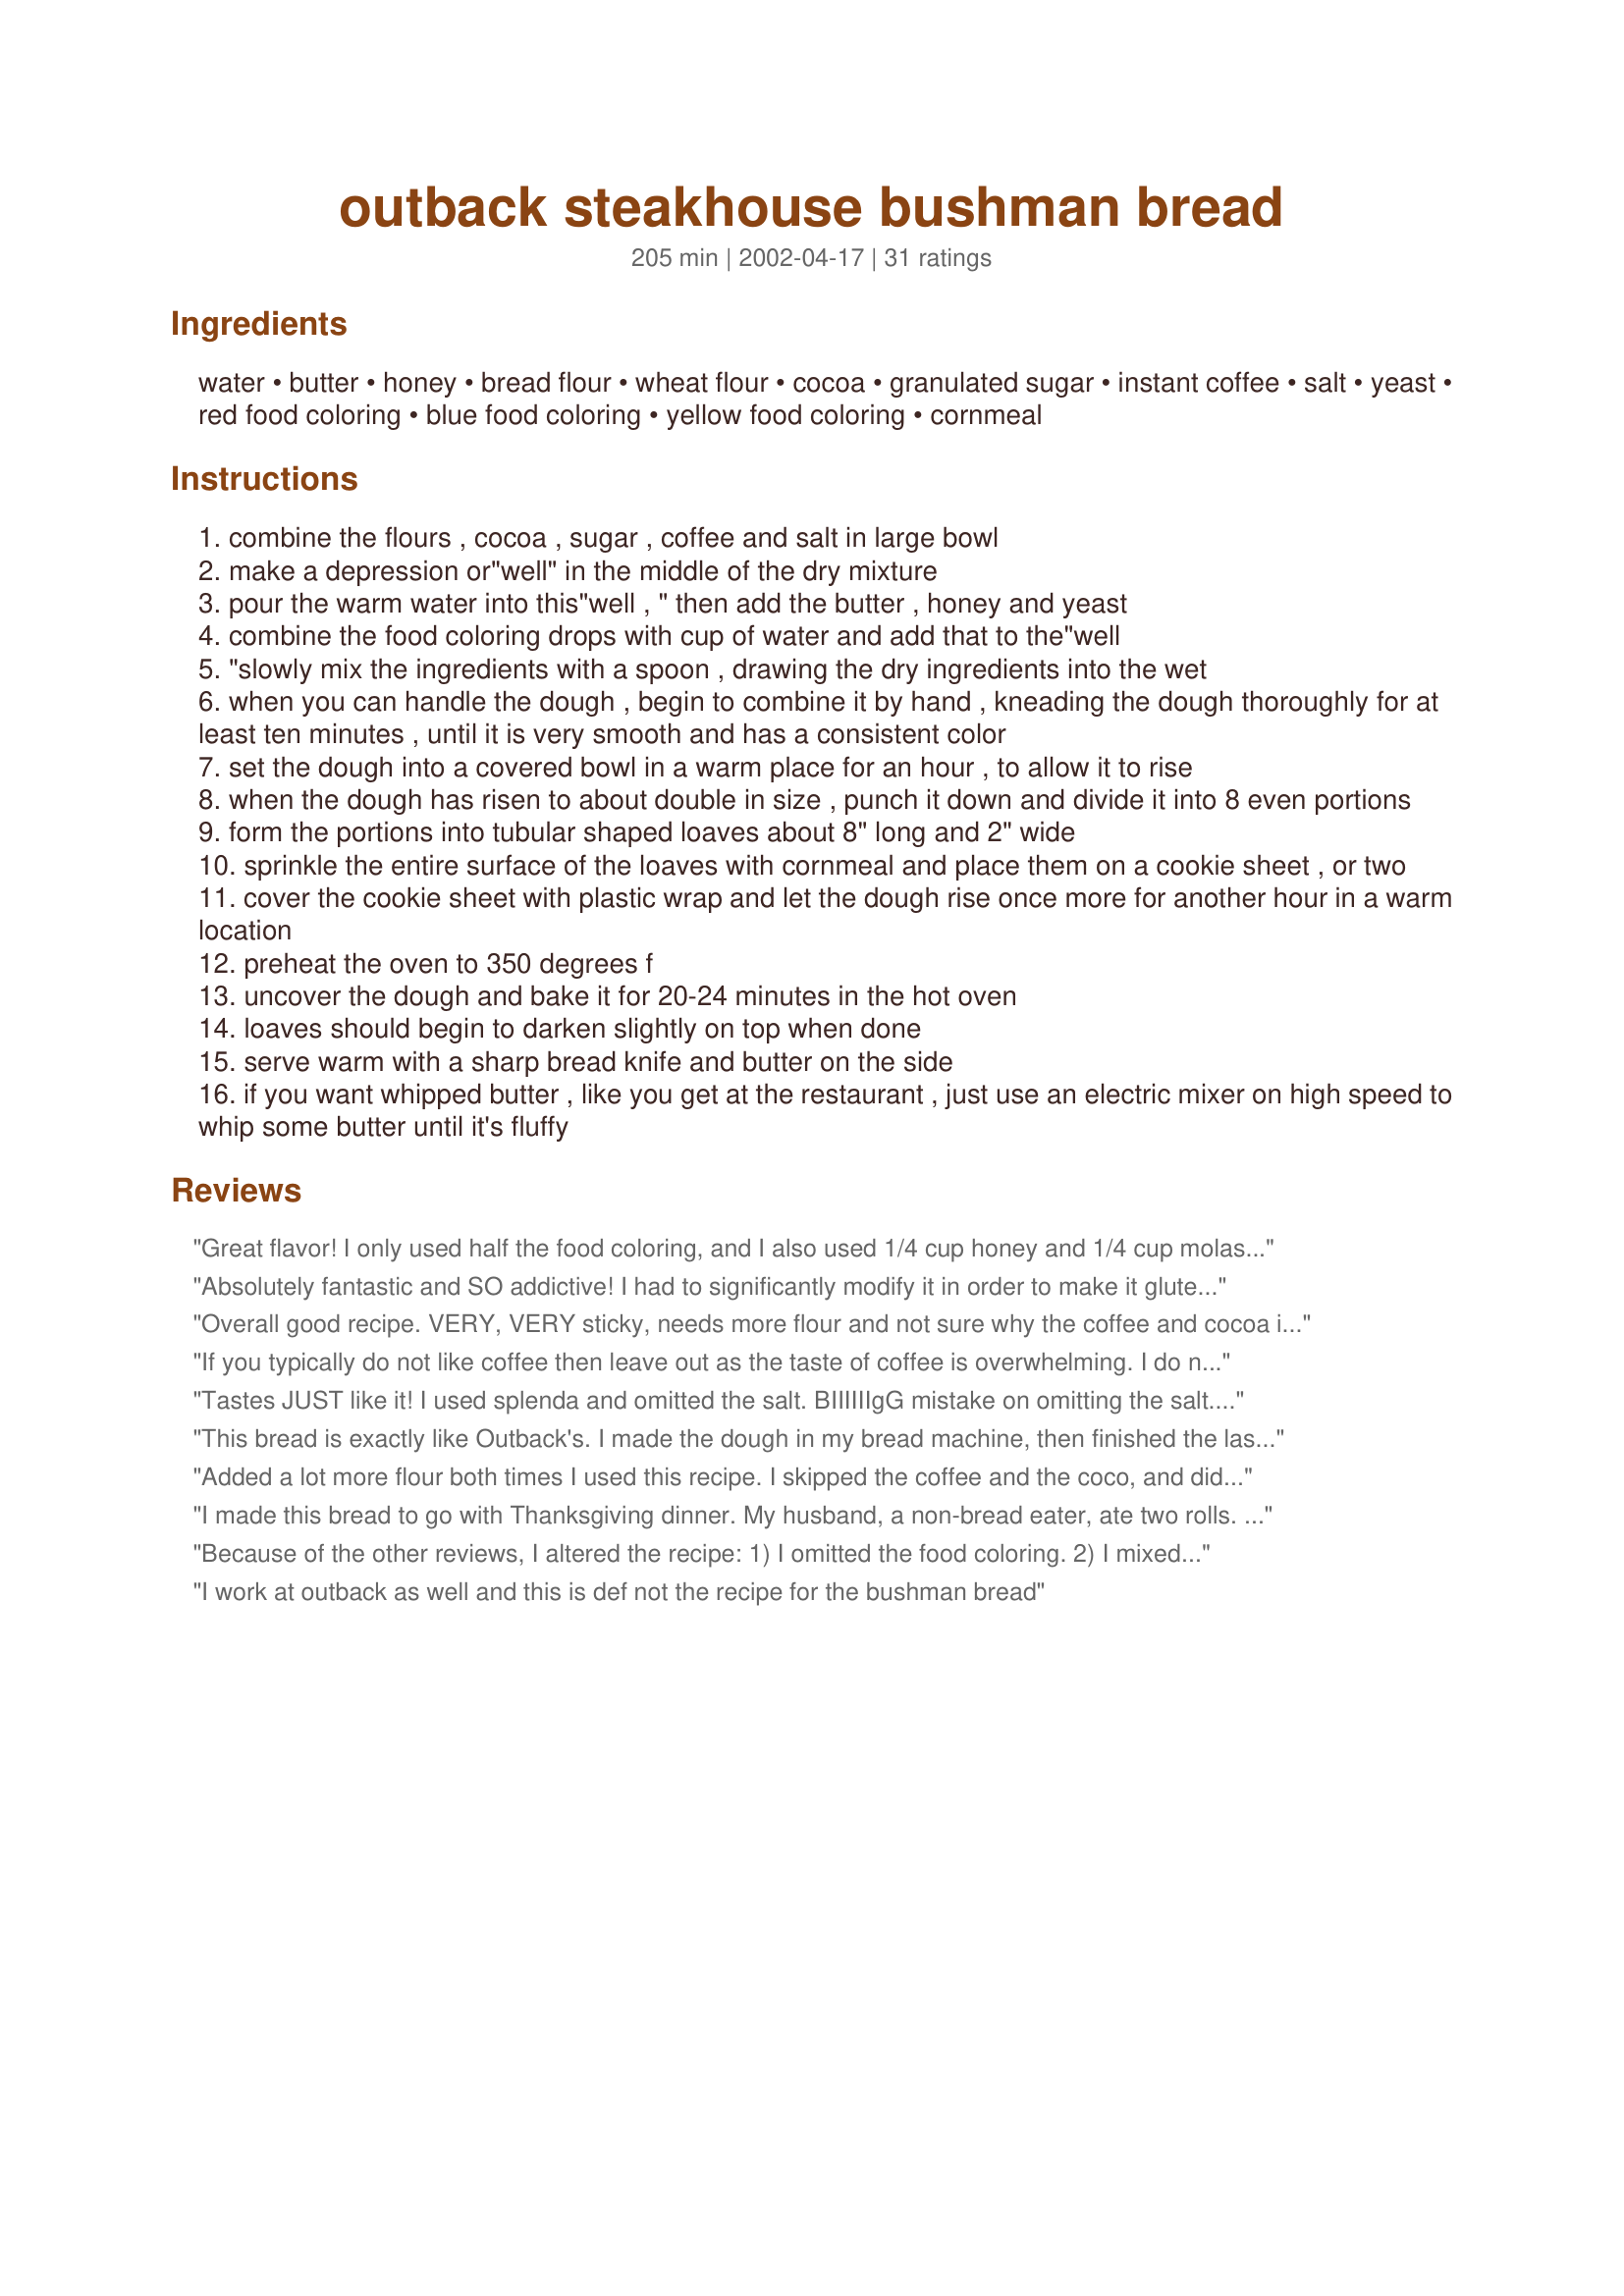
outback steakhouse bushman bread
Preparation time: 205 minutes

Ingredients:
water, butter, honey, bread flour, wheat flour, cocoa, granulated sugar, instant coffee, salt, yeast, red food coloring, blue food coloring, yellow food coloring, cornmeal

Steps:
combine the flours , cocoa , sugar , coffee and salt in large bowl
make a depression or"well" in the middle of the dry mixture
pour the warm water into this"well , " then add the butter , honey and yeast
combine the food coloring drops with cup of water and add that to the"well
"slowly mix the ingredients with a spoon , drawing the dry ingredients into the wet
when you can handle the dough , begin to combine it by hand , kneading the dough thoroughly for at least ten minutes , until it is very smooth and has a consistent color
set the dough into a covered bowl in a warm place for an hour , to allow it to rise
when the dough has risen to about double in size , punch it down and divide it into 8 even portions
form the portions into tubular shaped loaves about 8" long and 2" wide
sprinkle the entire surface of the loaves with cornmeal and place them on a cookie sheet , or two
cover the cookie sheet with plastic wrap and let the dough rise once more for another hour in a warm location
preheat the oven to 350 degrees f
uncover the dough and bake it for 20-24 minutes in the hot oven
loaves should begin to darken slightly on top when done
serve warm with a sharp bread knife and butter on the side
if you want whipped butter , like you get at the restaurant , just use an electric mixer on high speed to whip some butter until it's fluffy

Reviews:
Great flavor! I only used half the food coloring, and I also used 1/4 cup honey and 1/4 cup molasses. This recipe does need extra flour, but try to keep the dough moist! I had great results and my dough was still slightly sticky.
Absolutely fantastic and SO addictive! I had to significantly modify it in order to make it gluten free due being a celiac, but the recipe was still wonderful! I omitted the food coloring since I figured I could just close my eyes and pretend! I posted the gluten free version incase anyone else needs to make it that way (recipe #290760).
Overall good recipe. VERY, VERY sticky, needs more flour and not sure why the coffee and cocoa is needed for the recipe, except for coloring. Did exactly and each time I removed the plastic wrap, bread sunk. Will try finding another as this is way too little flour in this one. Overall taste was very good though, bread was very flat.
If you typically do not like coffee then leave out as the taste of coffee is overwhelming. I do not agree that this is the actual outback bread. Nothing Like IT!
Tastes JUST like it! I used splenda and omitted the salt. BIIIIIIgG mistake on omitting the salt. I ended up with a flat, sticky ball of dough that was hard as heck to form into loaves. The baked loaves themselves were flat also. So I will not deduct any points for MY mess-up. The taste, however, is JUST like the Outback's! My family LOVED it! I used the food coloring and it's shade rivals the Outback's. Next time I do this recipe, I won't opmit the salt as I usualy do in recipes. Thank you MEAN CHEF for clarifying that for me.
This bread is exactly like Outback's. I made the dough in my bread machine, then finished the last rise and baking as the recipe directs. This bread doesn't rise like other breads, and I actually thought I'd killed the yeast. It's very moist and flavorful. You gotta try this!
Added a lot more flour both times I used this recipe. I skipped the coffee and the coco, and did all white flour because I didn't have wheat. THIS IS AMAZING BREAD!!
I made this bread to go with Thanksgiving dinner. My husband, a non-bread eater, ate two rolls. Smaller portions were made into rolls in order to go farther and not to be wasted by the kids. I skipped the food coloring. They were a light brown. We served the rolls with homemade honey butter and everyone loved them.
Because of the other reviews, I altered the recipe: 
1) I omitted the food coloring. 
2) I mixed all the dry ingredients together in a big bowl. 
2) I proofed the yeast separately, and added it to a well in the dry ingredients. 
3) I melted the butter, added the honey, then added this to the well in the dry ingredients. 
4) I mixed everything all at once. 

I thought the result was a great dough, not sticky at all. I made braided loaves.

I work at outback as well and this is def not the recipe for the bushman bread
This dough was really a pain to work with....just like Jessica said, it was a sticky mess (perhaps from the honey?) that was extrememly hard to form into loaves. And as Jessica and Kimberly said, it produced flat bread. The first rising was fine, but once shaped into the tiny loaves it didn't rise the 2nd time. I was having such a hard time shaping them into loaves that I only made six loaves instead of eight. The good part of this recipe is that the bread (flat as it was) did taste just like Outbacks. I followed the recipe exactly except I did leave out the instant coffee because I didn't want to spend the $ on a whole jar just to use the two teaspoons. But it still tasted exactly like Outbacks. I will make this again because the taste was great.....but next time I will use all the dough to make one regular sized loaf and hopefully can get it to rise better. Anyone have suggestions on getting it to rise like a normal bread? Should I try to use more yeast?
I made this last night for my family. I did not color it with food coloring. Everyone loved it. I put the dough in my stoneware bread pan for 2nd rising. It's best to not use splenda as it can stop the rising action. Yeast likes pure sugar to eat! Thanks, we will use this time & time again!
Iâ€™ve made this recipe many times, and it is one of my favorite breads. I mix and knead this with my Bosch mixer. I usually have to add an extra Â½ cup of flour to get the dough off the sides of the bowl. Instead of making small loves out of this, I place the whole ball of dough on a pizza stone and cook it free form. It makes a nice round artisan style loaf. A tip I learned from another reviewer was to substitute Â¼ cup molasses for half the honey. This adds to both color and flavor.
Great bread! Tasted just like Outbacks. The only problem was it made a large amount. I may try to freeze some loafs for later. 
I didnt use the food coloring, and did have to add about 2/3 cups more flour to get the dough to "work". I also didnt have any cornmeal for dusting, so just used flour and it worked great. It didnt have that Outback look, but still tasted spot on. I also formed the dough in my bread machine, and then baked the loafs in the oven. 

Can't wait to make more!
This is to die for! I omitted the food coloring and extra water as I did not feel like fiddling with it and made it in my bread machine. I did have to add probably another 1/2 cup of flour, but I live in Missouri and often have to adjust recipies for humidity. This raised wonderfully and the color, even without the food coloring, was almost spot on. A definite keeper. DS has already requested some for his next camping trip.
The recipe was easy to follow, but the Bread didn't turn out as expected, not at all like Outback's. We didn't like it because the cocoa flavor is too strong. I would leave out the cocoa the next time I made it.
I did this in the bread machine, and it turned out delicious, except the middle was sunken in. I omitted all that food coloring. The full recipe yielded one loaf, just about the size of an Outback loaf, and just as good, although a little lighter in color.
Tastes wonderful, but I would make a few variations on it : less coffee, more honey. It's too much of a bite and not enough sweet. 

I basked it for 22 minutes and it became an even color all over with no food coloring. I used organic whole wheat flour instead of regular wheat flour - it has a richer color by itself. 

Over all, an excellent recipe. Next batch, I'm going to try drizzling with honey before sprinkling with cornmeal. That might give just the right amount of sweetness to offset the coffee flavor. And proofing the yeast seperately? Great idea. I considered doing it but figured I never did it with white bread. The loaves didn't rise as they should have. C'est la vie...
Loved by one and all. I have served it at my last two parties. It was a huge hit, people ask for where I got it.

I use a bread maker, set for dough, I skip the coloring, then I split the dough into thirds and bake them a round loaves.
THE most delicious bread I have ever made. Also my first successful loaf after attempting to make bread for over 20 times. Thanks a bunch. I halved the recipe and ended up with a small loaf that gave me 12 slices. Made this last night and there isn't even one slice left right now. I brushed the top with milk before baking and also after, to obtain a softer crust. It doesnt even need any fillings or spreads, it's delicious on its own...Yum!
A tasty and dense bread. I made this in my bread machine and did not have any of the problems that others did. It rose beautifully. Thanks!
So far I've made this twice. The first time was a near disaster. I followed as written (only omitting food coloring) but the dough was so sticky and wet that not even a rubber a ton more flour I got a workable dough. The bad experience I had during the process was immediately forgotten the second I took a bite of the bread, it is amazing! However I did learn from the first time and made very simple modifications on round two: I completely ignored everything below coloring, including the 1/4 cup of water and just began with 1 1/4 c and slowly added more in to make a good dough. I also proofed my yeast first, there is just too much work making bread by hand to risk it.
Am praying that it rises again now that I've punched it down. There was absolutely no making long tubular shapes, it was so sticky I ended up just dropping globs on my stoneware. I did 3/4 of a cup more flour to no avail. I wish I'd read ALL of the reviews instead of just the first 4. If it tastes good I'll make it again, omit the water/food coloring mess and do half honey and half molasses. I also proofed the yeast first as that's just the way I've always made bread. For anyone interested this recipe is identical to nearly every other recipe for the same on the internet and the reviews about the flavor have all been RAVES!
I have the same exact recipe but wanted to add this for those who use a bread maker (if you want just copy and paste to "my notes")! Thanks for posting this!!

*BREAD MACHINE*
If using a bread machine, add all of the ingredients for the dough in the exact order listed into the pan of your machine. Set it on "knead" and when the machine begins to mix the dough, combine the food coloring with 1/4 cup water and drizzle it into the mixture as it combines. After the dough is created let it rise for an hour or so. Then remove it from the pan and go to step 8 on recipe.
This is the same recipe I use, only I use 2/3 cup honey and 3 T sugar for a little sweeter taste. It works great to do your dough in the bread machine. I love this bread -- I searched for it b/c if no one had posted it, I definitely wanted to share it, but here it is. :)
great bread...
I work at an Outback Steakhouse. The bread is a HONEY WHEAT bread and it has NO cocoa or coffee in it!!
loved the taste, but was very "loose" when made in a bread maker...think I will decrease liquid next time... Any suggestions??
My wife made this bread for us at my request and it turned out great. She used the bread maker for a single big loaf and we all loved it. Thanks!
We all thought this bread was excellent, and I will definitely make this again.. I cut the recipe in half and make 4 loaves with no problems. I used my bread machine to do the kneading, but I will acknowledge that there is a tip missing - you have to add flour as needed in order to get your dough to come together in a ball. And the amount will be different every day, depending on room temp and humidity.. Today I added I think about a cup additional flour in order for it to come together correctly. Oh - also, I didn't use the food coloring as suggested by Miller, (whom I believe got this recipe from Todd Wilbur), I used caramel coloring, and it worked out great! Caramel coloring is not hard to find in the supermarkets - it's marketed as Kitchen Bouquet..
This is one of my most requested bread recipes. Although I don't like how normal size loaves come out, it makes wonderful rolls. I leave out the food coloring and use 1 tablespoon of carmel coloring instead. I also up the yeast to 3 teaspoons. I find it difficult to get done in the middle when I make normal loaves out of it. I think the trick is to keep them small!
